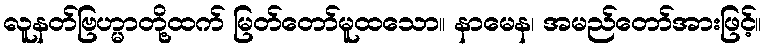
လူနတ်ဗြဟ္မာတို့ထက် မြတ်တော်မူထသော။ နာမေန၊ အမည်တော်အားဖြင့်။